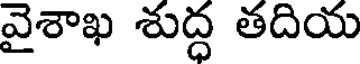
వైశాఖ శుద్ధ తదియ